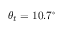
\theta _ { t } = 1 0 . 7 ^ { \circ }